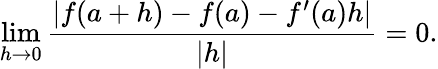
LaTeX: \operatorname*{lim}_{h\to 0}{\frac{|f(a+h)-f(a)-f^{\prime}(a)h|}{|h|}}=0.